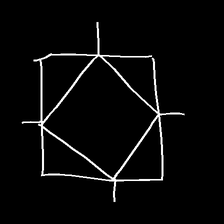
Glyph: light